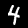
Label: 4